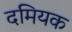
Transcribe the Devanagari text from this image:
दमियक